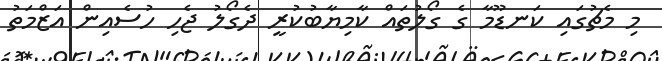
މި މެޗުގައި ކަނޑޫމާ ގެ ގޯލުތައް ކާމިޔާބުކުރީ ދެގޯލު ޖެހި ހުސެއިން އަޒްމަތު